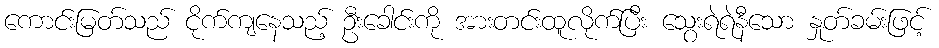
ကောင်းမြတ်သည် ငိုက်ကျနေသည့် ဦးခေါင်းကို အားတင်းထူလိုက်ပြီး သွေးရဲရဲနီသော နှုတ်ခမ်းဖြင့်